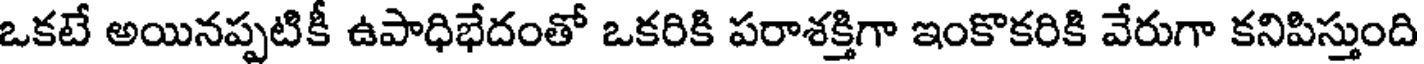
ఒకటే అయినప్పటికీ ఉపాధిభేదంతో ఒకరికి పరాశక్తిగా ఇంకొకరికి వేరుగా కనిపిస్తుంది